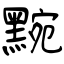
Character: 黦